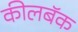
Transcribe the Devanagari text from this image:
कीलबॅक